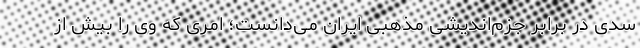
سدی در برابر جزم‌اندیشی مذهبی ایران می‌دانست؛ امری که وی را بیش از